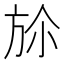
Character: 㫆